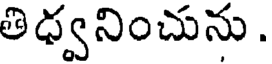
తిధ్వనించును.